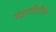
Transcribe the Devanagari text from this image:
संद्धमासिरीकृत